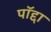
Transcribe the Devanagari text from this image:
पॉद्दा